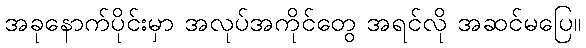
အခုနောက်ပိုင်းမှာ အလုပ်အကိုင်တွေ အရင်လို အဆင်မပြေ။